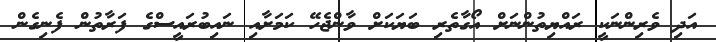
އަދި ވެރިންނަކީ ރައްޔިތުންނަށް އޯގާތެރި ބަޔަކަށް ވާންޖެހޭ ކަމަށާއި ނައިބުރައީސްގެ ފަރާތުން ފެނިގެން